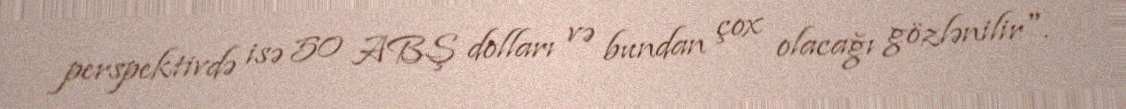
perspektivdə isə 50 ABŞ dolları və bundan çox olacağı gözlənilir".